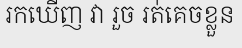
រកឃើញ វា រួច រត់គេចខ្លួន